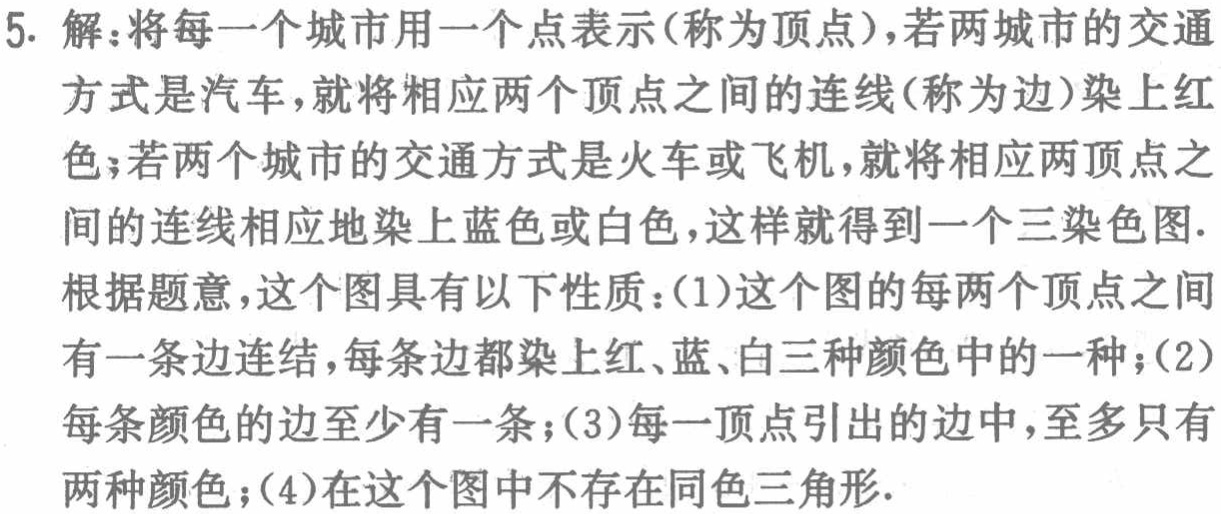
5. 解：将每一个城市用一个点表示（称为顶点），若两城市的交通方式是汽车，就将相应两个顶点之间的连线（称为边）染上红色；若两个城市的交通方式是火车或飞机，就将相应两顶点之间的连线相应地染上蓝色或白色，这样就得到一个三染色图.

根据题意，这个图具有以下性质：（1）这个图的每两个顶点之间有一条边连结，每条边都染上红、蓝、白三种颜色中的一种；（2）每条颜色的边至少有一条；（3）每一顶点引出的边中，至多只有两种颜色；（4）在这个图中不存在同色三角形.